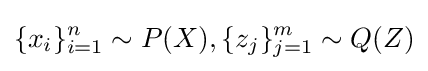
\{x_{i}\}_{i=1}^{n}\sim P(X),\{z_{j}\}_{j=1}^{m}\sim Q(Z)